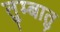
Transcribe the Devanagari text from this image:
तुम्बातु